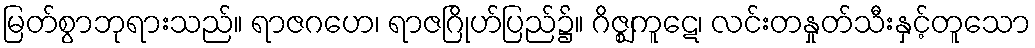
မြတ်စွာဘုရားသည်။ ရာဇဂဟေ၊ ရာဇဂြိုဟ်ပြည်၌။ ဂိဇ္ဈကူဋေ၊ လင်းတနှုတ်သီးနှင့်တူသော